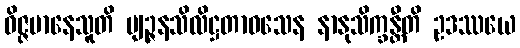
ဝိဇ္ဇမာနေသူတိ ဗျဉ္ဇနသိလိဋ္ဌတာဝသေန နာနုသိက္ခန္တီတိ ဥဒဿယေ